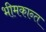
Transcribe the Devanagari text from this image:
भीमकान्त